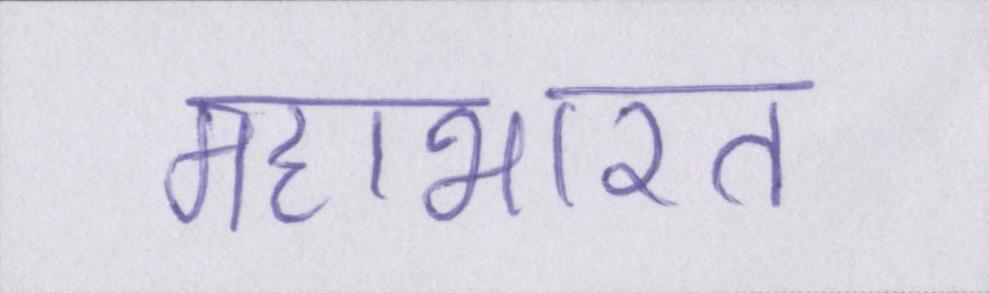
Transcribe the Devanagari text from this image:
महाभारत